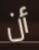
أن